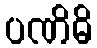
ပဏိဓိ